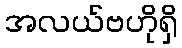
အလယ်ဗဟိုရှိ